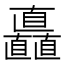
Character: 矗